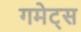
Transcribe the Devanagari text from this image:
गमेट्स